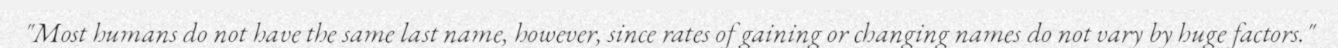
"Most humans do not have the same last name, however, since rates of gaining or changing names do not vary by huge factors."